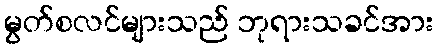
မွတ်စလင်များသည် ဘုရားသခင်အား